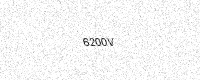
Text: 6200V